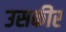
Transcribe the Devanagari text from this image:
उसकीर